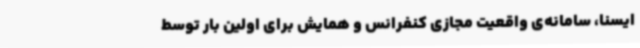
ایسنا، سامانه‌ی واقعیت مجازی کنفرانس و همایش برای اولین بار توسط